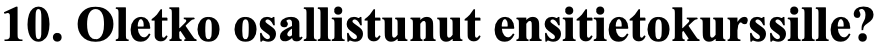
10. Oletko osallistunut ensitietokurssille?